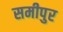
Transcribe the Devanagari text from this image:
समीपुर